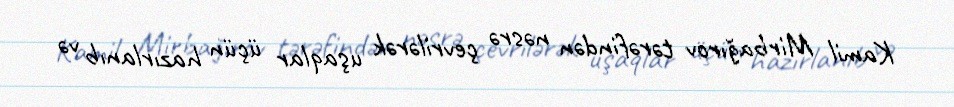
Kamil Mirbağırov tərəfindən nəsrə çevrilərək uşaqlar üçün hazırlanıb və